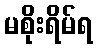
မစိုးရိမ်ရ